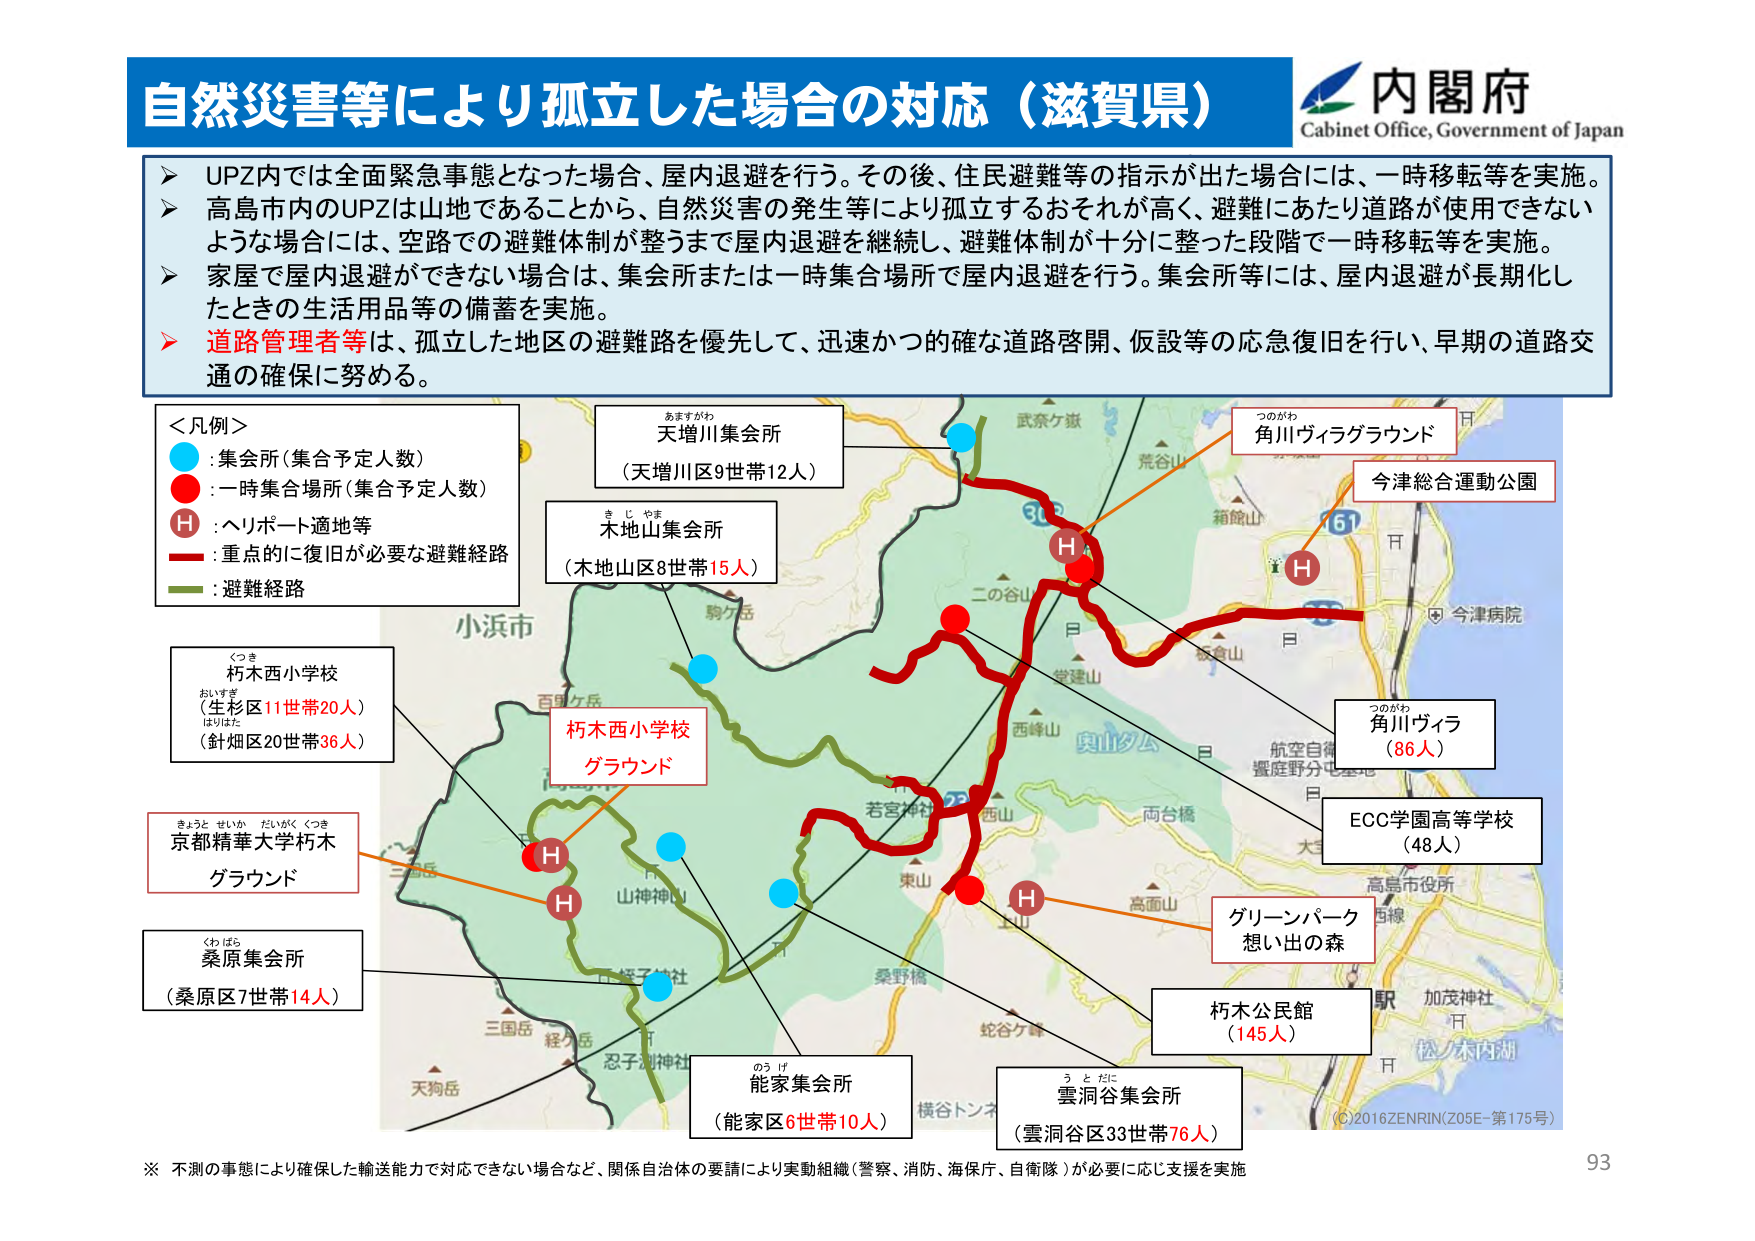
自然災害等により孤立した場合の対応（滋賀県）

内閣府
Cabinet Office, Government of Japan

➤ UPZ内では全面緊急事態となった場合、屋内退避を行う。その後、住民避難等の指示が出た場合には、一時移転等を実施。
➤ 高島市内のUPZは山地であることから、自然災害の発生等により孤立するおそれが高く、避難にあたり道路が使用できないような場合には、空路での避難体制が整うまで屋内退避を継続し、避難体制が十分に整った段階で一時移転等を実施。
➤ 家屋で屋内退避ができない場合は、集会所または一時集合場所で屋内退避を行う。集会所等には、屋内退避が長期化したときの生活用品等の備蓄を実施。
➤ 道路管理者等は、孤立した地区の避難路を優先して、迅速かつ的確な道路啓開、仮設等の応急復旧を行い、早期の道路交通の確保に努める。

＜凡例＞
● : 集会所（集合予定人数）
● : 一時集合場所（集合予定人数）
H : ヘリポート適地等
: 重点的に復旧が必要な避難経路
: 避難経路

天増川集会所
（天増川区9世帯12人）

木地山集会所
（木地山区8世帯15人）

角川ヴィラグラウンド

今津総合運動公園

角川ヴィラ
（86人）

EOC学園高等学校
（48人）

グリーンパーク
想い出の森

朽木西小学校
グラウンド

京都精華大学朽木
グラウンド

桑原集会所
（桑原区7世帯14人）

能家集会所
（能家区6世帯10人）

雲洞谷集会所
（雲洞谷区33世帯76人）

朽木公民館
（145人）

朽木西小学校
（生杉区11世帯20人）
（針畑区20世帯36人）

※ 不測の事態により確保した輸送能力で対応できない場合など、関係自治体の要請により実動組織（警察、消防、海保庁、自衛隊）が必要に応じ支援を実施

(C)2016 ZENRIN (Z05E-第175号)

93